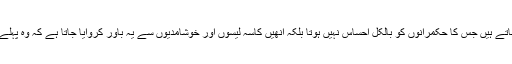
عوام حکمرانوں کی کرتوتوں اور ان کی وعدہ شکنیوں کی وجہ سے ان سے متنفر ہو جاتے ہیں جس کا حکمرانوں کو بالکل احساس نہیں ہوتا بلکہ انھیں کاسہ لیسوں اور خوشامدیوں سے یہ باور کروایا جاتا ہے کہ وہ پہلے سے بھی زیادہ مقبول ہیں اور عوام ان کی راہ میں آنکھیں بچھانے کیلئے بے چین ہیں۔